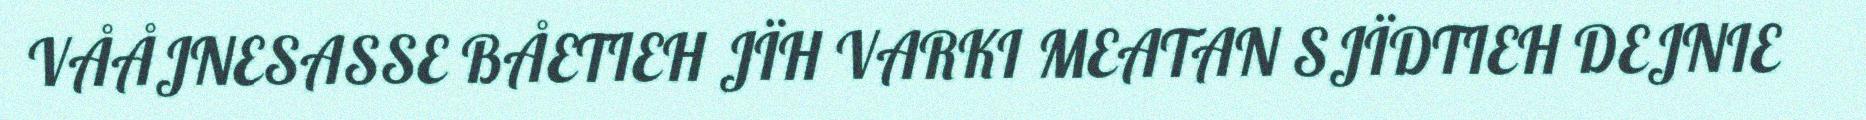
VÅÅJNESASSE BÅETIEH JÏH VARKI MEATAN SJÏDTIEH DEJNIE